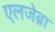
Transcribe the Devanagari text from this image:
एलजेब्रा